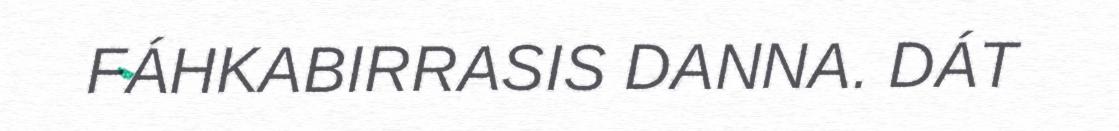
FÁHKABIRRASIS DANNA. DÁT